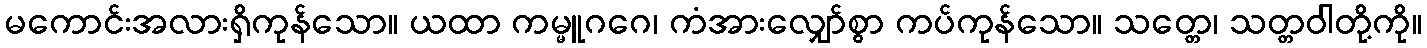
မကောင်းအလားရှိကုန်သော။ ယထာ ကမ္မူဂဂေ၊ ကံအားလျှော်စွာ ကပ်ကုန်သော။ သတ္တေ၊ သတ္တဝါတို့ကို။